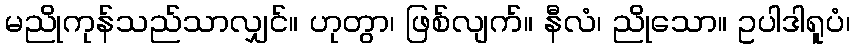
မညိုကုန်သည်သာလျှင်။ ဟုတွာ၊ ဖြစ်လျက်။ နီလံ၊ ညိုသော။ ဥပါဒါရူပံ၊